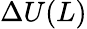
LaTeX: \Delta U(L)